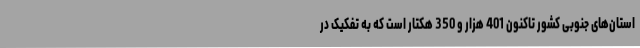
استان‌های جنوبی کشور تاکنون 401 هزار و 350 هکتار است که به تفکیک در